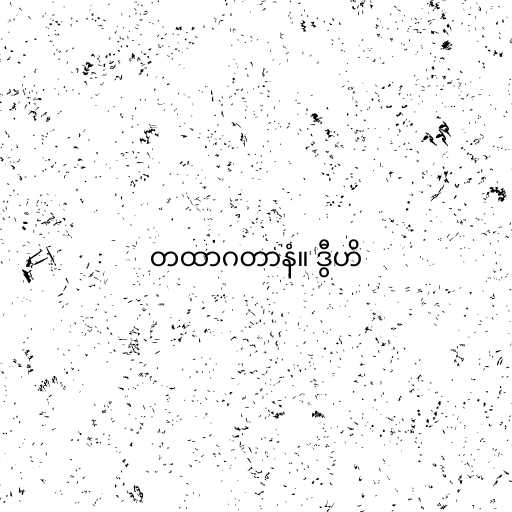
တထာဂတာနံ။ ဒွီဟိ